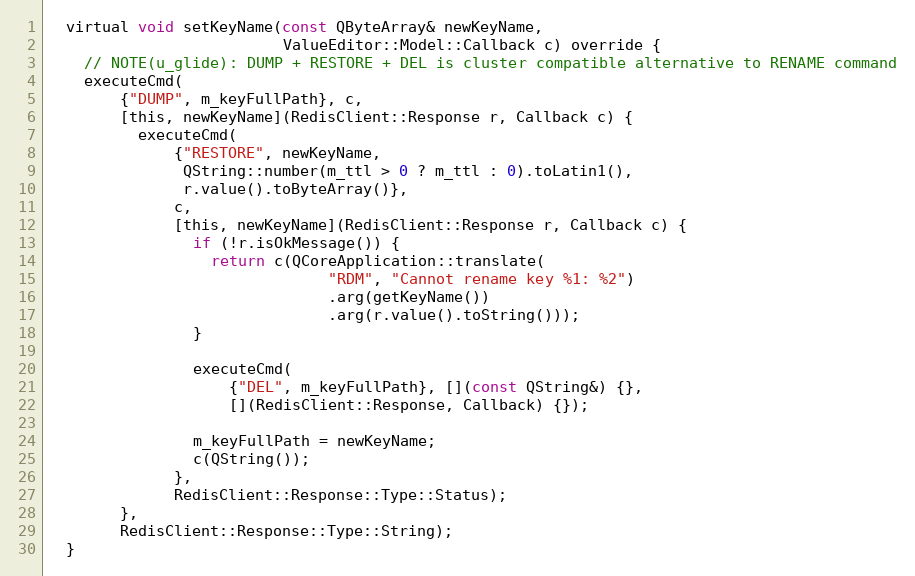
Language: C
  virtual void setKeyName(const QByteArray& newKeyName,
                          ValueEditor::Model::Callback c) override {
    // NOTE(u_glide): DUMP + RESTORE + DEL is cluster compatible alternative to RENAME command
    executeCmd(
        {"DUMP", m_keyFullPath}, c,
        [this, newKeyName](RedisClient::Response r, Callback c) {
          executeCmd(
              {"RESTORE", newKeyName,
               QString::number(m_ttl > 0 ? m_ttl : 0).toLatin1(),
               r.value().toByteArray()},
              c,
              [this, newKeyName](RedisClient::Response r, Callback c) {
                if (!r.isOkMessage()) {
                  return c(QCoreApplication::translate(
                               "RDM", "Cannot rename key %1: %2")
                               .arg(getKeyName())
                               .arg(r.value().toString()));
                }

                executeCmd(
                    {"DEL", m_keyFullPath}, [](const QString&) {},
                    [](RedisClient::Response, Callback) {});

                m_keyFullPath = newKeyName;
                c(QString());
              },
              RedisClient::Response::Type::Status);
        },
        RedisClient::Response::Type::String);
  }